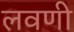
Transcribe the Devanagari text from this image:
लवणी